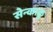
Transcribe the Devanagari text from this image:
सेन्काकु